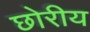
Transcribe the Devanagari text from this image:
छोरीय